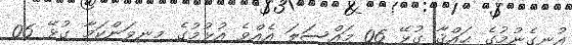
އުނގެނުމުގެ ޙައްޤާ ގުޅޭ 06 މައްސަލަ އެއްވެ އުޅުމުގެ މިނިވަންކަމާ ގުޅޭ 06